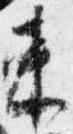
束